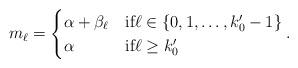
LaTeX: \begin{align*} m_{\ell}= \begin{cases} \alpha+\beta_{\ell} & \textrm{if} \ell \in \{0,1,\ldots,k_0'-1\} \\ \alpha & \textrm{if} \ell \ge k_0' \end{cases}. \end{align*}